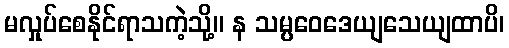
မလှုပ်စေနိုင်ရာသကဲ့သို့။ န သမ္ပဝေဒေယျသေယျထာပိ၊